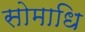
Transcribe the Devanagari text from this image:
सोमाधि